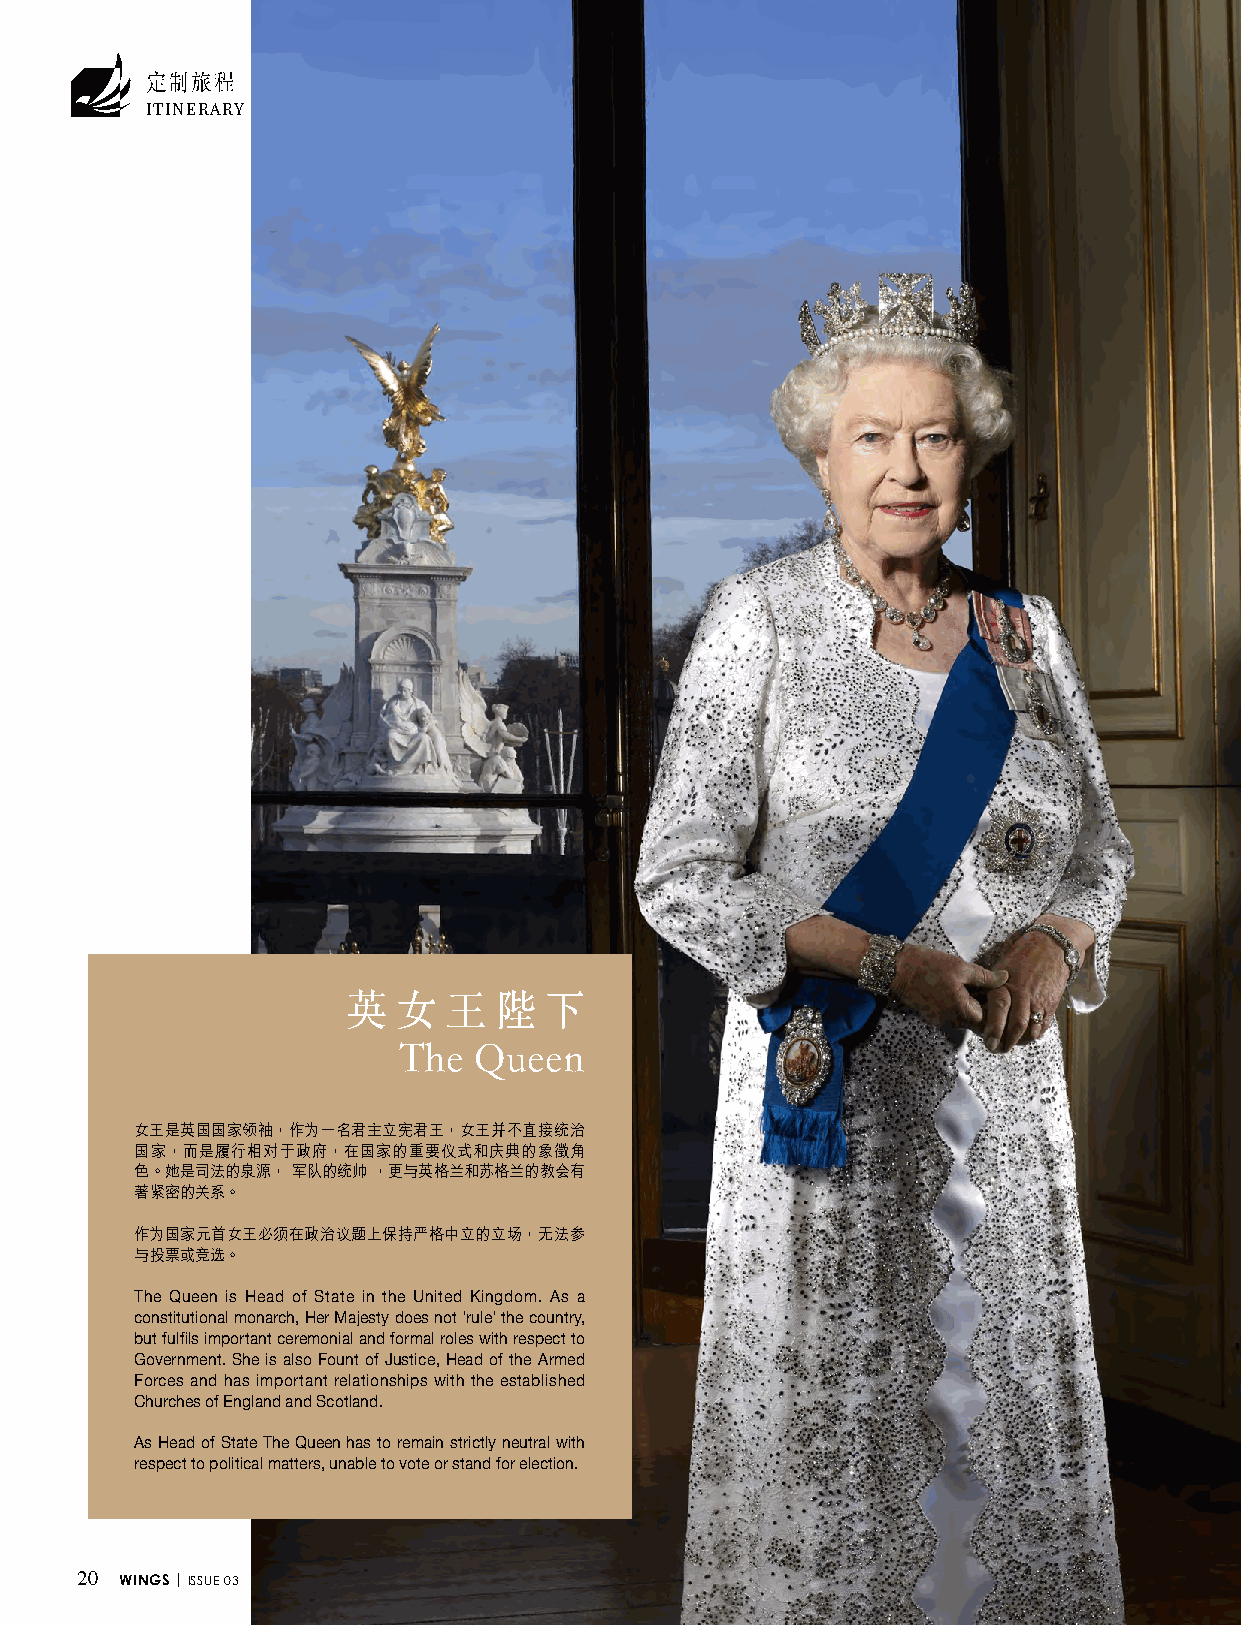
定制旅程
 ITINERARY
 英  女  王   陛  下
 The  Queen
 女王是英國國家領袖，作為一名君主立憲君王，女王並不直接統治
 國家，而是履行相對於政府，在國家的重要儀式和慶典的象徵角
 色。她是司法的泉源， 軍隊的統帥 ，更與英格蘭和蘇格蘭的教會有
 著緊密的關係。
 作為國家元首女王必須在政治議題上保持嚴格中立的立場，無法參
 與投票或競選。
 The Queen is Head of State in the United Kingdom. As a
 constitutional monarch, Her Majesty does not 'rule' the country,
 but fulfils important ceremonial and formal roles with respect to
 Government. She is also Fount of Justice, Head of the Armed
 Forces and has important relationships with the established
 Churches of England and Scotland.
 As Head of State The Queen has to remain strictly neutral with
 respect to political matters, unable to vote or stand for election.
 20 WINGS | ISSUE 03